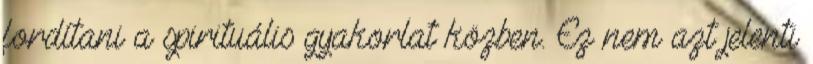
fordítani a spirituális gyakorlat közben. Ez nem azt jelenti